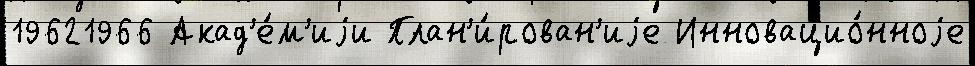
19621966 Акад'е́м'иjи План'и́рован'иjе Инновацио́нноjе